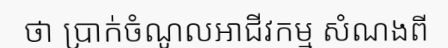
ថា ប្រាក់ចំណូលអាជីវកម្ម សំណងពី